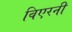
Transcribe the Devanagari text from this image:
विएरनी